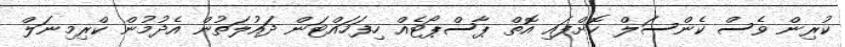
ކުރިން ވެސް ކެންސަލް ކޮށްފައި އޮތް ޕާސްޕޯޓެއް ހިފަހައްޓަން ދައުލަތުން އެދުމުން ކްރިމިނަލް